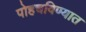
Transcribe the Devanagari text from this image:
पोहचविण्यात